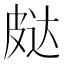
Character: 𰤨